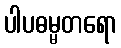
ပါပဓမ္မတရော